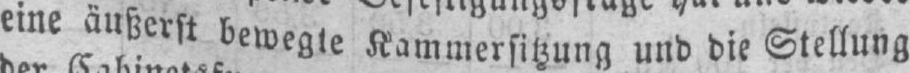
eine äußerst bewegte Kammersitzung und die Stellung